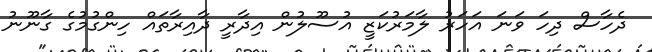
ދެހާސް ދިހަ ވަނަ އަހަރު ލާމަރުކަޒީ އުސޫލުން އިދާރީ ދާއިރާތައް ހިންގުމުގެ ގާނޫނު